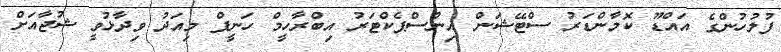
ފުލުހުންގެ އައްޑޫ ކޮމާންޑަރު ސްޓޭޝަން އިންސްޕެކްޓަރު އިބްރާހީމް ހަނީފް މިއަދު ވިދާޅުވީ ޝުޖާއަށް